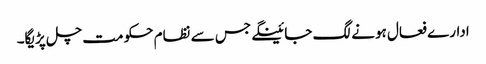
ادارے فعال ہونے لگ جائینگے جس سے نظام حکومت چل پڑیگا۔